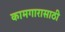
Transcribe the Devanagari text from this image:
कामगारासाठी